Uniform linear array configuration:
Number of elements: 24
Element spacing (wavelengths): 0.25
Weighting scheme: hamming
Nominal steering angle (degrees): -30
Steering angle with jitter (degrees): -28.241
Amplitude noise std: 0.05
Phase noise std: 0.05

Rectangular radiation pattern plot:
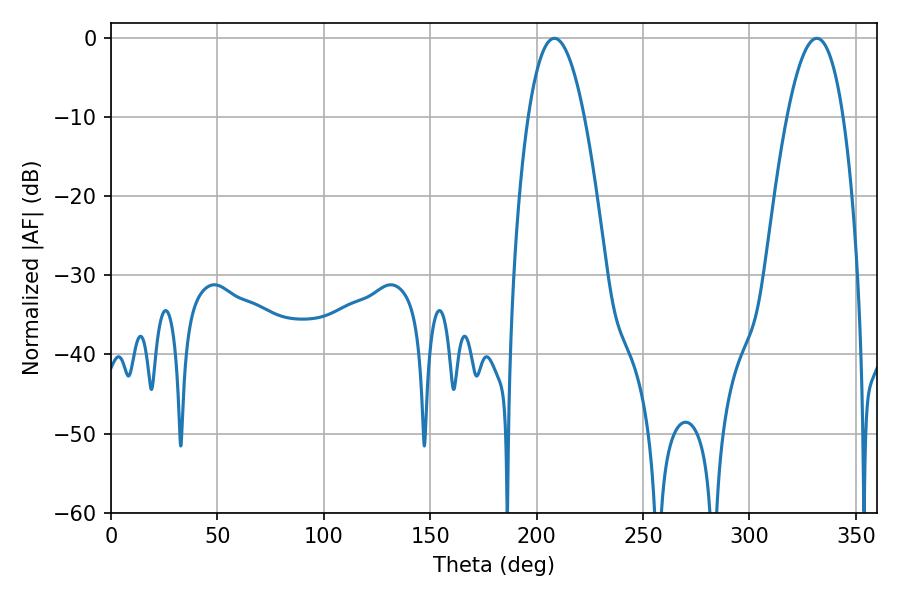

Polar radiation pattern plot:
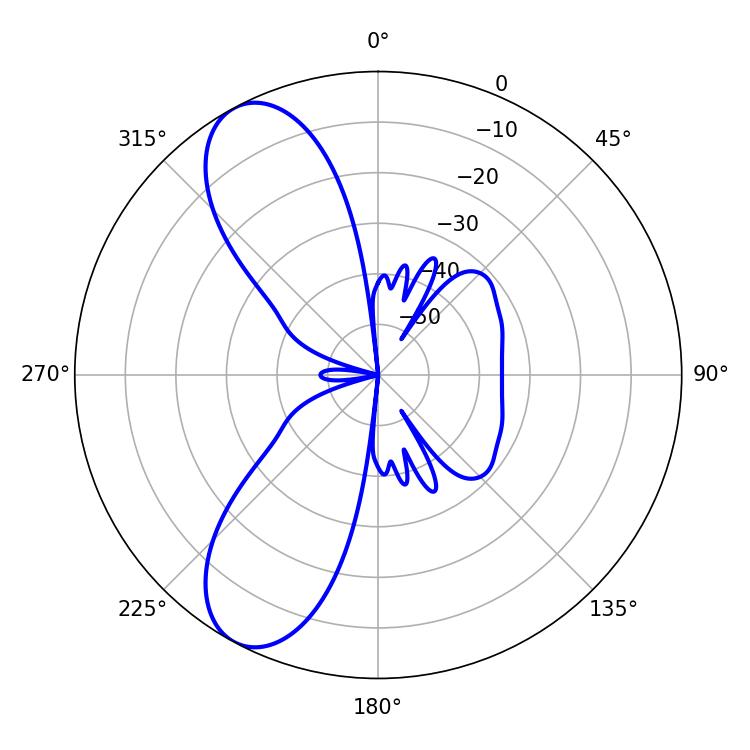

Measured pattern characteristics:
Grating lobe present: FALSE
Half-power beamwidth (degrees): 14.58
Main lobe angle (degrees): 208.26